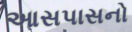
આસપાસનો